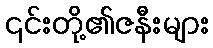
၎င်းတို့၏ဇနီးများ